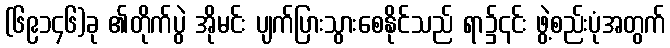
(၆၉၁၄၆)ခု ၏တိုက်ပွဲ အိုမင်း ပျက်ပြားသွားစေနိုင်သည် ရာ၌၎င်း ဖွဲ့စည်းပုံအတွက်